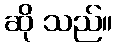
ဆို သည်။